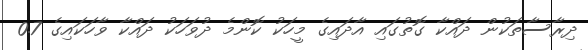
ދިރާސާތަކުން ދައްކާ ގޮތުގައި އާދައިގެ މީހަކު ކޮންމެ ދުވަހަކު ދައްކާ ވާހަކައިގެ 0.7